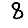
Digit: 8